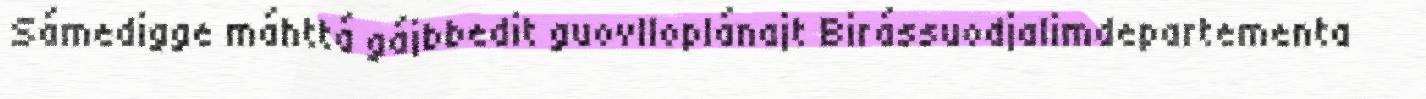
Sámedigge máhttá gájbbedit guovlloplánajt Birássuodjalimdepartementa